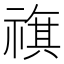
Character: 𥛏